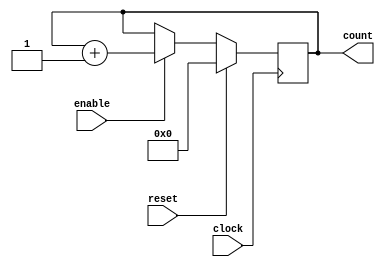
module counter_10 (
  clock, 
  enable, 
  reset, 
  count
 );
 
 parameter BIT_SZ = 10; 
 input clock; 
 input enable; 
 input reset; 
 output [BIT_SZ-1:0] count; 
 
 reg[BIT_SZ-1:0] count; 
 
 initial count = 0; 
 
 always @ (posedge clock)
	if (reset==1'b1)
		count <= 0; 
	else if(enable==1'b1)
		count <= count + 1'b1; 
endmodule